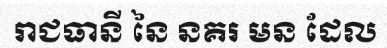
រាជធានី នៃ នគរ មន ដែល